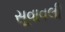
સૂવાવલી